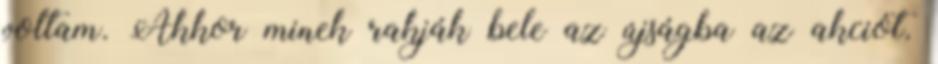
voltam. Akkor minek rakják bele az újságba az akciót.